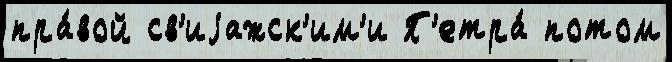
пра́вой св'иjажск'им'и П'етра́ потом